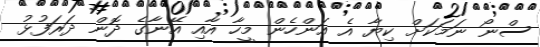
ސްނޯ ނަމަކަށް ކިޔާ އެ އަންހެން މީހާ އާއި އޭނާގެ ދޮން ދަރަފުޅު